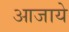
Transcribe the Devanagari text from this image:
आजाये